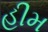
હીમ